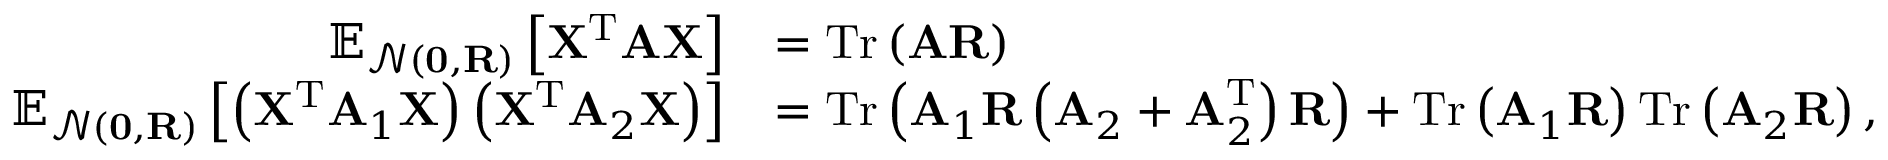
\begin{array} { r l } { \mathbb { E } _ { \mathcal { N } ( \mathbf { 0 } , \mathbf { R } ) } \left[ \mathbf { X } ^ { \mathrm { T } } \mathbf { A } \mathbf { X } \right] } & { = \mathrm { T r } \left( \mathbf { A } \mathbf { R } \right) } \\ { \mathbb { E } _ { \mathcal { N } ( \mathbf { 0 } , \mathbf { R } ) } \left[ \left( \mathbf { X } ^ { \mathrm { T } } \mathbf { A } _ { 1 } \mathbf { X } \right) \left( \mathbf { X } ^ { \mathrm { T } } \mathbf { A } _ { 2 } \mathbf { X } \right) \right] } & { = \mathrm { T r } \left( \mathbf { A } _ { 1 } \mathbf { R } \left( \mathbf { A } _ { 2 } + \mathbf { A } _ { 2 } ^ { \mathrm { T } } \right) \mathbf { R } \right) + \mathrm { T r } \left( \mathbf { A } _ { 1 } \mathbf { R } \right) \mathrm { T r } \left( \mathbf { A } _ { 2 } \mathbf { R } \right) , } \end{array}